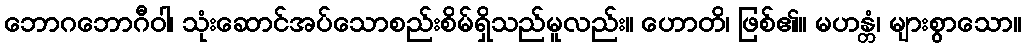
ဘောဂဘောဂီဝါ၊ သုံးဆောင်အပ်သောစည်းစိမ်ရှိသည်မူလည်း။ ဟောတိ၊ ဖြစ်၏။ မဟန္တံ၊ များစွာသော။